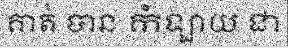
គាត់ បាន កំឡាយ ជា